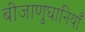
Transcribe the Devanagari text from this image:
बीजाणुघानियाँ